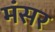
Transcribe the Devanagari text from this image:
मंसर